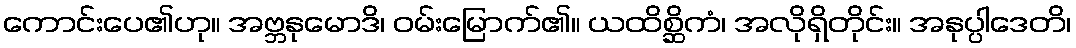
ကောင်းပေ၏ဟု။ အဗ္ဘနုမောဒိ၊ ဝမ်းမြောက်၏။ ယထိစ္ဆိကံ၊ အလိုရှိတိုင်း။ အနုပ္ပါဒေတိ၊